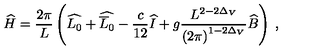
\widehat { H } = \frac { 2 \pi } { L } \left( \widehat { L _ { 0 } } + \widehat { \overline { { L } } _ { 0 } } - \frac { c } { 1 2 } \widehat { I } + g \frac { L ^ { 2 - 2 \Delta _ { V } } } { \left( 2 \pi \right) ^ { 1 - 2 \Delta _ { V } } } \widehat { B } \right) \: ,